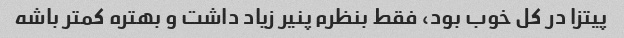
پیتزا در کل خوب بود، فقط بنظرم پنیر زیاد داشت و بهتره کمتر باشه